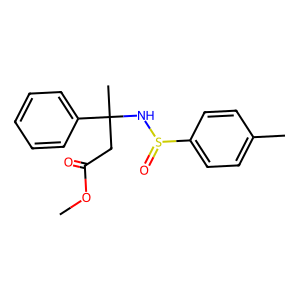
SMILES: COC(=O)CC(C)(NS(=O)c1ccc(C)cc1)c1ccccc1
Inhibits HIV replication: No